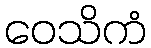
ဝေသိကံ